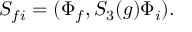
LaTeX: S _ { f i } = ( \Phi _ { f } , S _ { 3 } ( g ) \Phi _ { i } ) .